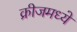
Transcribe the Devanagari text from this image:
क्रीजमध्ये